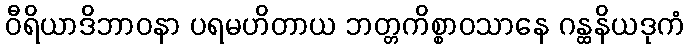
ဝီရိယာဒိဘာဝနာ ပရမဟိတာယ ဘတ္တကိစ္စာဝသာနေ ဂန္ထနိယဒုကံ